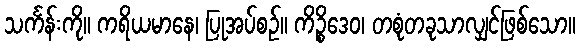
သင်္ကန်းကို။ ကရိယမာနေ၊ ပြုအပ်စဉ်။ ကိဉ္စိဒေဝ၊ တစုံတခုသာလျှင်ဖြစ်သော။